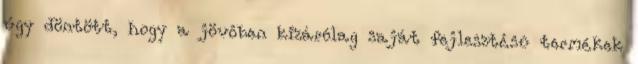
úgy döntött, hogy a jövôben kizárólag saját fejlesztésû termékek